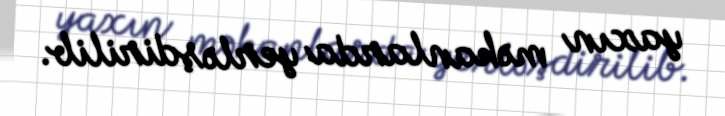
yaxın məkanlarda yerləşdirilib.